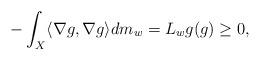
LaTeX: \begin{align*} -\int_X \langle \nabla g, \nabla g \rangle dm_w = L_wg(g) \geq 0, \end{align*}